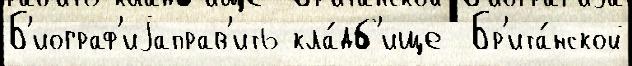
Б'иограф'иjаправ'ить кла́дб'ище  Бр'ита́нской